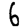
Digit: 6